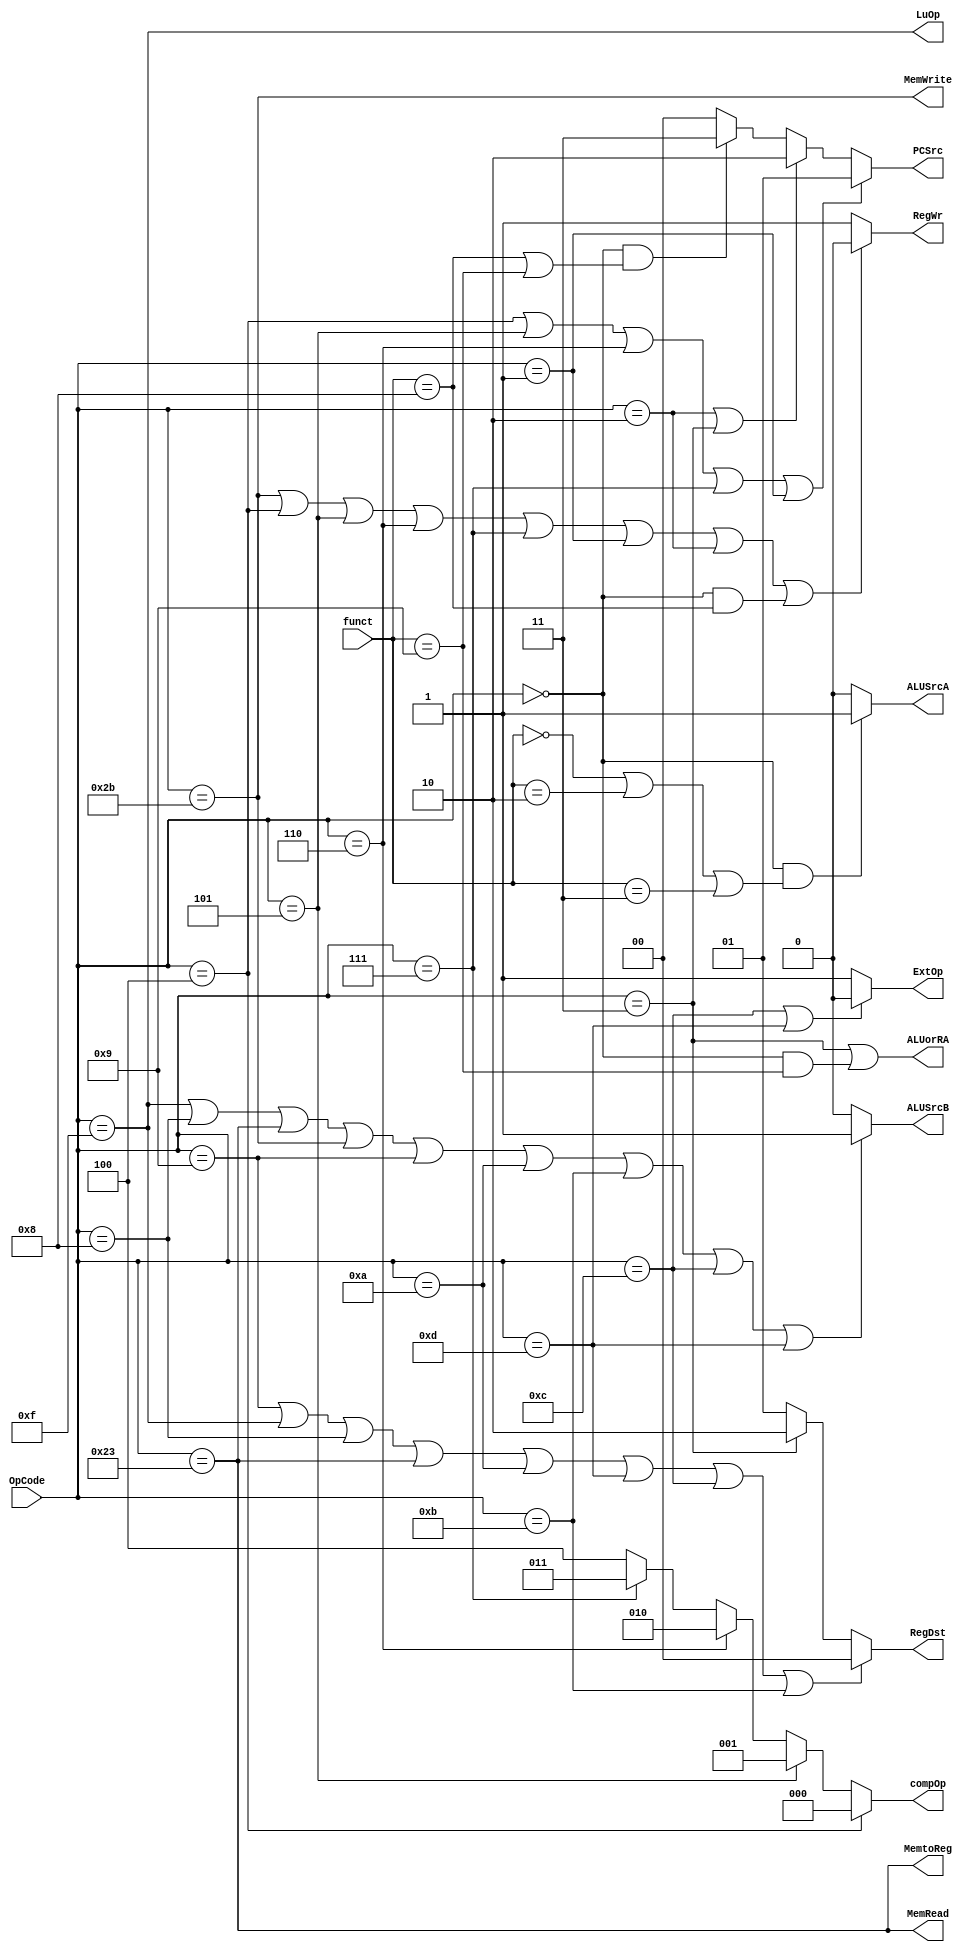
`timescale 1ns / 1ps
module Controller(
    input wire [5:0]OpCode,
    input wire [5:0]funct,
    
    output wire [2:0]compOp, // 0:beq 1:bne 2:blez 3:bgtz 4:bltz
    //output wire branch, // 1
    //output wire jump, // 1
    output wire [1:0]PCSrc, //PC PC+4:0 branch:1 j,jal:2 jr,jalr:3
    output wire RegWr, //RF
    output wire ExtOp, // 10
    output wire LuOp, //16
    output wire [1:0]RegDst, // 0:rt 1:rd 2:$ra
    output wire ALUSrcA, //1:Shamt 0:busA
    output wire ALUSrcB, //1:Imm 0:busB
    output wire MemtoReg,
    output wire MemWrite,
    output wire MemRead,
    output wire ALUorRA //0:ALUrslt 1:PC+4   ->ALUout
    );
    
    //
    //wire [5:0]OpCode;
    //wire [5:0]funct;
    //assign OpCode = Instruction[31:26];
    //assign funct = Instruction[5:0];
    
    //
    assign compOp = (OpCode == 6'h4 ? 3'd0 : //beq
                    (OpCode == 6'h5 ? 3'd1 : //bne
                    (OpCode == 6'h6 ? 3'd2 : //blez
                    (OpCode == 6'h7 ? 3'd3 : 3'd4)))); //bgtz,bltz
    //assign jump = OpCode == 6'h02 || OpCode == 6'h03 || (OpCode == 6'h00 && (funct == 6'h08 || funct == 6'h09)); //jump/jal/jr/jalr
    //assign branch = OpCode == 6'h04 || OpCode == 6'h05 || OpCode == 6'h06 || OpCode == 6'h07 || OpCode == 6'h01; //beq/bne/blez/bgtz/bltz
    
    assign PCSrc = (OpCode == 6'h4 || OpCode == 6'h5 || OpCode == 6'h6 || OpCode == 6'h7 || OpCode == 6'h1) ? 2'h1 :
                   (OpCode == 6'h2 || OpCode == 6'h3) ? 2'h2 :
                   (OpCode ==6'h0 && (funct == 6'h8 || funct == 6'h9)) ? 2'h3 : 2'h0; //PC PC+4:0 branch:1 j,jal:2 jr,jalr:3
    
    assign RegWr = (OpCode == 6'h2b || OpCode == 6'h04 || OpCode == 6'h05 || OpCode == 6'h06 || OpCode == 6'h07 || OpCode == 6'h01 ||
                            OpCode == 6'h02 || (OpCode == 6'h00 && funct == 6'h08)) ? 1'b0 : 1'b1;
    assign LuOp = OpCode == 6'h0f; //lui
    assign ExtOp = (OpCode == 6'h0c || OpCode == 6'h0d) ? 0 : 1; //andiori
    
    assign RegDst = (OpCode == 6'h09 || OpCode == 6'h0f || OpCode == 6'h08 || OpCode == 6'h23 ||
                            OpCode == 6'h0a || OpCode == 6'h0d || OpCode == 6'h0c || OpCode == 6'h0b) ? 2'h0 :
                                OpCode == 6'h03 ? 2'h2 : 2'h1; // 0:rt 1:rd 2:$ra
    
    assign ALUSrcA = (OpCode == 6'h0 && (funct == 6'h00 || funct == 6'h02 || funct == 6'h03)) ? 1'b1 : 1'b0; //sll srl sra
    assign ALUSrcB = (OpCode == 6'h0f || OpCode == 6'h08 || OpCode == 6'h23 || OpCode == 6'h2b || OpCode == 6'h09 
                     || OpCode == 6'h0a || OpCode == 6'h0b || OpCode == 6'h0c || OpCode == 6'h0d) ? 1'b1 : 1'b0;
    
    assign MemtoReg = OpCode == 6'h23;
    
    assign MemWrite = OpCode == 6'h2b;
    
    assign MemRead = OpCode == 6'h23;
    
    assign ALUorRA = OpCode == 6'h03 || (OpCode == 6'h00 && funct == 6'h09); //jal jalr
endmodule